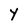
Character: Y